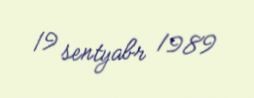
19 sentyabr 1989